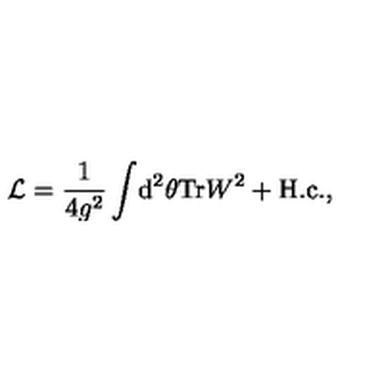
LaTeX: { \cal L } = \frac { 1 } { 4 g ^ { 2 } } \int \! \mathrm { d } ^ { 2 } \theta \mathrm { T r } W ^ { 2 } + \mathrm { H . c . } ,